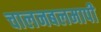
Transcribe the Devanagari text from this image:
चालनबलमापी